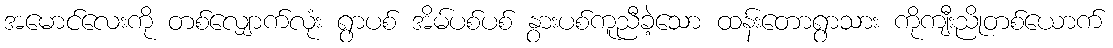
အမောင်လေးကို တစ်လျှောက်လုံး ရွာပစ် အိမ်ပစ်ပစ် နွားပစ်ကူညီခဲ့သော ထန်းတောရွာသား ကိုကျီးညိုတစ်ယောက်